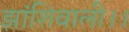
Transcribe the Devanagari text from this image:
झांशिवाली।।